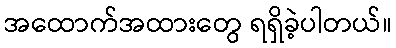
အထောက်အထားတွေ ရရှိခဲ့ပါတယ်။